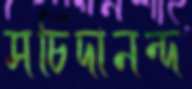
সচিদানন্দ